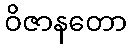
ဝိဇာနတော